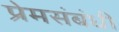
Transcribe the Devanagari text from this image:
प्रेमसंबंधी